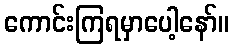
ကောင်းကြရမှာပေါ့နော်။